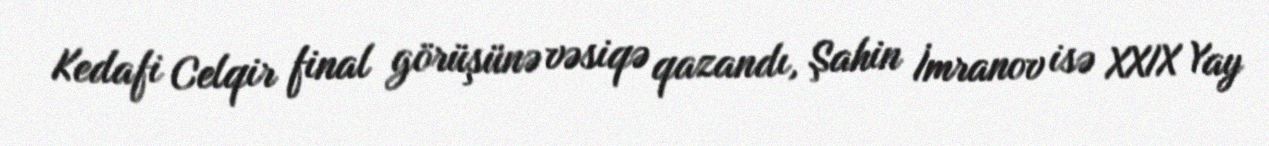
Kedafi Celqir final görüşünə vəsiqə qazandı, Şahin İmranov isə XXIX Yay